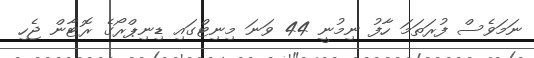
ނަމަވެސް ފުރަތަމަ ހާފު ނިމުނީ 44 ވަނަ މިނިޓްގައި ޑިނިޕްރޯގެ ރޮޓާން ޖެހި